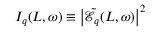
I _ { q } ( L , \omega ) \equiv \left| \tilde { \mathcal { E } } _ { q } ( L , \omega ) \right| ^ { 2 }